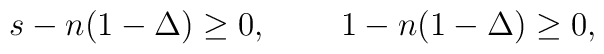
s-n(1-\Delta) \geq 0, \,\,\,\,\,\,\,\,\,\,\,\,\,1-n(1-\Delta) \geq 0,